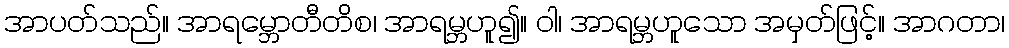
အာပတ်သည်။ အာရမ္ဘောတီတိစ၊ အာရမ္ဘဟူ၍။ ဝါ၊ အာရမ္ဘဟူသော အမှတ်ဖြင့်။ အာဂတာ၊